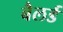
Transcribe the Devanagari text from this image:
बैलर्ड